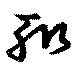
輙